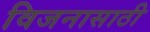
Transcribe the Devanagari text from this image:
विजनासाठी